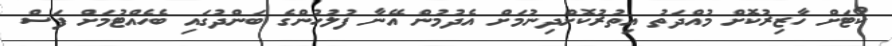
ކޯޓަށް ހާޒިރުކޮށް މުއްދަތު އިތުރުކޮށްދިނުމަށް އެދުމުން އޭނާ ފުލުހުންގެ ބަންދުގައި ބެހެއްޓުމަށް ފަސް